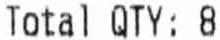
TOTAL QTY: 8